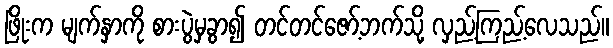
ဖြိုးက မျက်နှာကို စားပွဲမှခွာ၍ တင်တင်ဇော့်ဘက်သို့ လှည့်ကြည့်လေသည်။